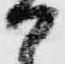
か